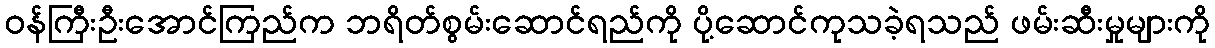
ဝန်ကြီးဦးအောင်ကြည်က ဘရိတ်စွမ်းဆောင်ရည်ကို ပို့ဆောင်ကုသခဲ့ရသည် ဖမ်းဆီးမှုများကို